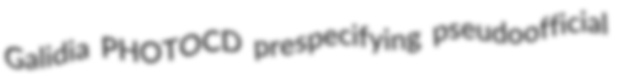
Galidia PHOTOCD prespecifying pseudoofficial